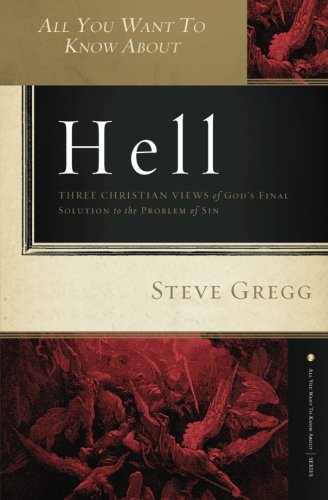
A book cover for All You Want to Know About Hell: Three Christian Views of God?s Final Solution to the Problem of Sin; Steve Gregg; Christian Books & Bibles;